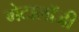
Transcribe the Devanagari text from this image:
मेटालॉजी